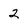
Character: 2